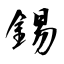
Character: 錫